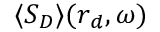
\langle \boldsymbol { S } _ { D } \rangle ( \boldsymbol { r } _ { d } , \omega )